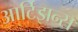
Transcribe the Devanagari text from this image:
आर्टिझन्स